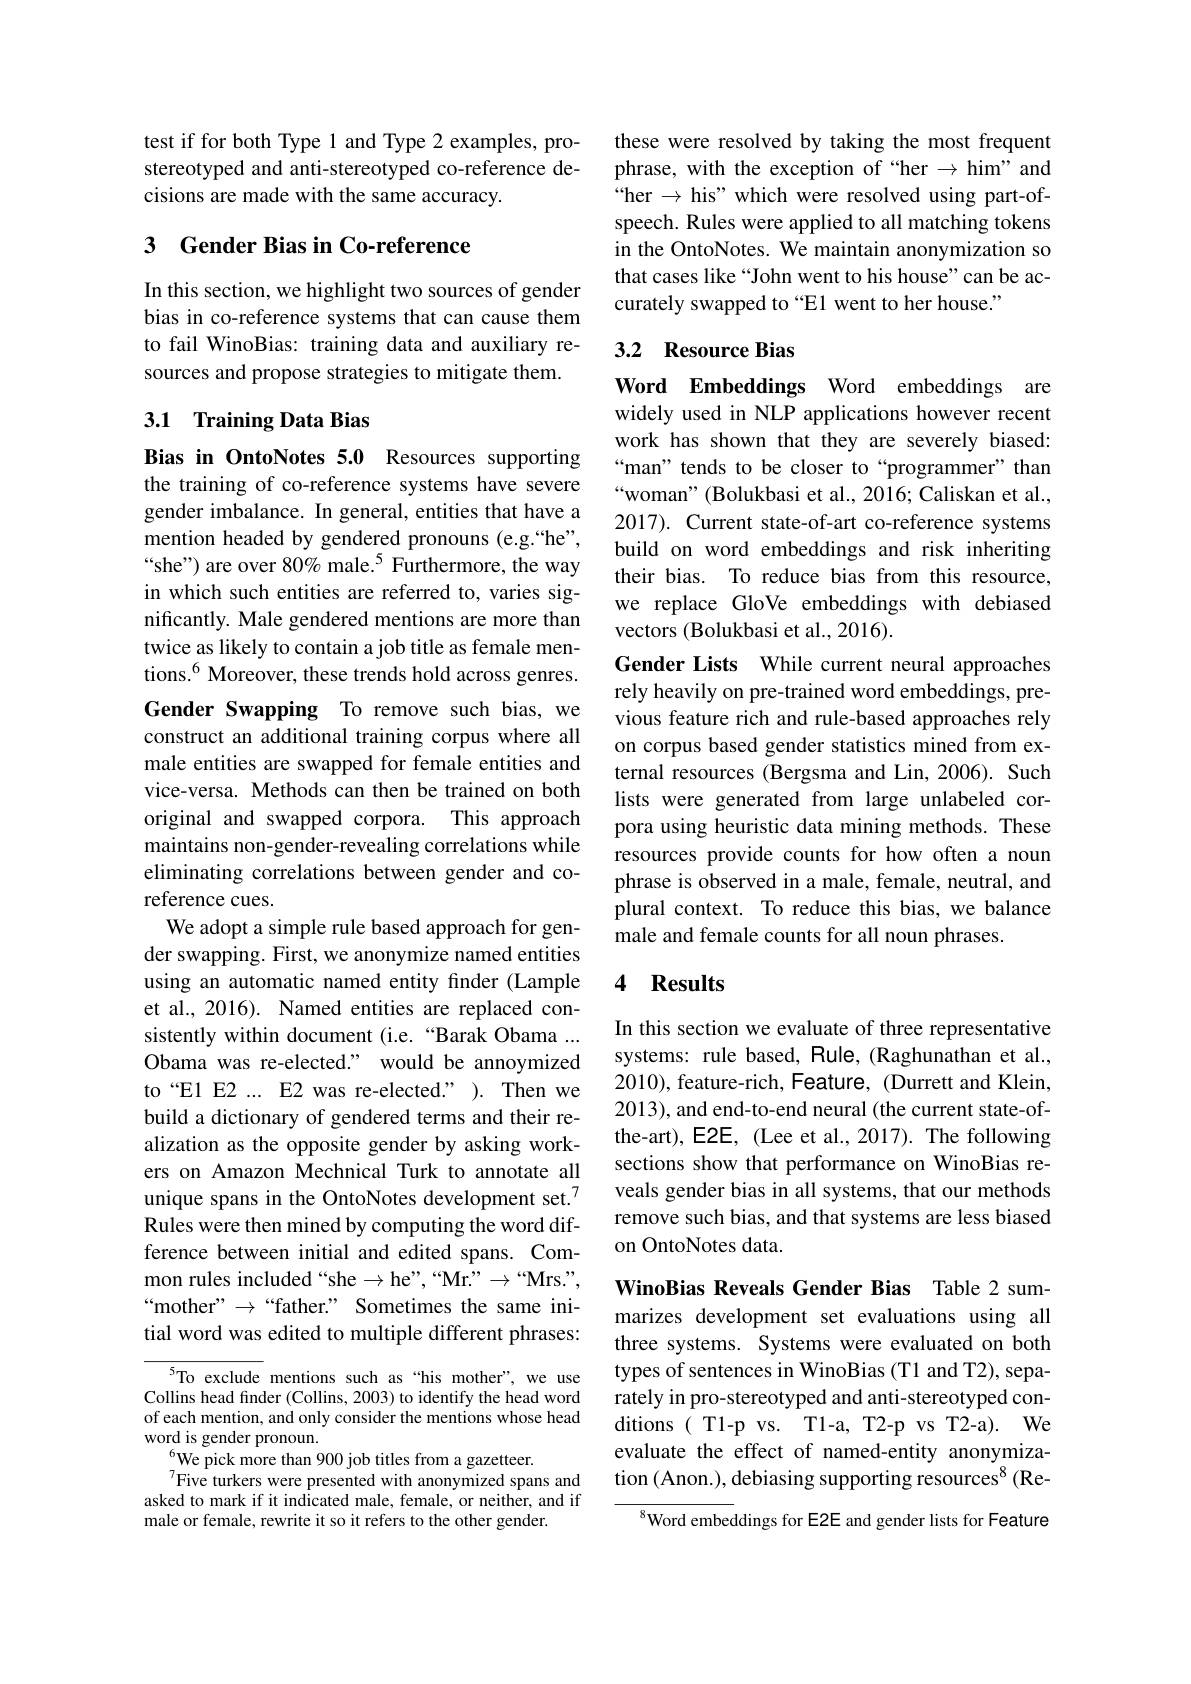
test if for both Type 1 and Type 2 examples, prostereotyped and anti-stereotyped co-reference decisions are made with the same accuracy.

# 3 Gender Bias in Co-reference

In this section, we highlight two sources of gender bias in co-reference systems that can cause them to fail WinoBias: training data and auxiliary resources and propose strategies to mitigate them

## 3.1 Training Data Bias

Bias in OntoNotes 5.0 Resources supporting the training of co-reference systems have severe gender imbalance. In general, entities that have a mention headed by gendered pronouns (e.g.“he”, “she”) are over 80% male.$^{5}$ Furthermore, the way in which such entities are referred to, varies significantly. Male gendered mentions are more than twice as likely to contain a job title as female mentions.$^{6}$ Moreover, these trends hold across genres. Gender Swapping To remove such bias, we construct an additional training corpus where all male entities are swapped for female entities and vice-versa. Methods can then be trained on both original and swapped corpora. This approach maintains non-gender-revealing correlations while eliminating correlations between gender and coreference cues.
We adopt a simple rule based approach for gender swapping. First, we anonymize named entities using an automatic named entity finder (Lample et al., 2016). Named entities are replaced consistently within document (i.e.“Barak Obama ... Obama was re-elected." would be annoymized to“E1 E2... E2 was re-elected?”). Then we build a dictionary of gendered terms and their realization as the opposite gender by asking workers on Amazon Mechnical Turk to annotate all unique spans in the OntoNotes development set.$^{7}$ Rules were then mined by computing the word difference between initial and edited spans. Common rules included “she $\to$he”,“Mr"$\to“$Mrs.”, “mother” $\to$“father.” Sometimes the same initial word was edited to multiple different phrases:
${^{5}\text{To exclude }}$mentions such as“his mother”, we use

Collins head finder (Collins, 2003) to identify the head word of each mention, and only consider the mentions whose head word is gender pronoun.
$^{6}$We pick more than 900 job titles from a gazetteer.
Five turkers were presented with anonymized spans and asked to mark if it indicated male, female, or neither, and if male or female, rewrite it so it refers to the other gender.

these were resolved by taking the most frequent phrase, with the exception of “her→him" and “her $\to$ his" which were resolved using part-ofspeech. Rules were applied to all matching tokens in the OntoNotes. We maintain anonymization so that cases like “John went to his house”can be accurately swapped to “E1 went to her house.”

## 3.2 Resource Bias

Word Embeddings Word embeddings are widely used in NLP applications however recent work has shown that they are severely biased: “man" tends to be closer to“programmer”than “woman”(Bolukbasi et al., 2016; Caliskan et al., 2017). Current state-of-art co-reference systems build on word embeddings and risk inheriting their bias. To reduce bias from this resource, we replace GloVe embeddings with debiased vectors (Bolukbasi et al., 2016).
Gender Lists While current neural approaches rely heavily on pre-trained word embeddings, previous feature rich and rule-based approaches rely on corpus based gender statistics mined from external resources (Bergsma and Lin,2006). Such lists were generated from large unlabeled corpora using heuristic data mining methods. These resources provide counts for how often a noun phrase is observed in a male, female, neutral, and plural context. To reduce this bias, we balance male and female counts for all noun phrases.

## 4 Results

In this section we evaluate of three representative systems: rule based, Rule, (Raghunathan et al., 2010), feature-rich, Feature, (Durrett and Klein, 2013), and end-to-end neural (the current state-ofthe-art), E2E, (Lee et al., 2017). The following sections show that performance on WinoBias reveals gender bias in all systems, that our methods remove such bias, and that systems are less biased on OntoNotes data.

WinoBias Reveals Gender Bias Table 2 summarizes development set evaluations using all three systems. Systems were evaluated on both types of sentences in WinoBias (T1 and T2), separately in pro-stereotyped and anti-stereotyped conditions( T1-pvs. T1-a, T2-p vs T2-a). We evaluate the effect of named-entity anonymization (Anon.), debiasing supporting resources$^{8}$ (Re-

$^{8}$Word embeddings for E2E and gender lists for Feature